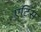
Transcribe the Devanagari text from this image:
एटिस